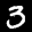
Label: 3